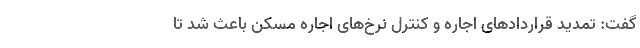
گفت: تمدید قراردادهای اجاره و کنترل نرخ‌های اجاره مسکن باعث شد تا